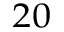
_ { 2 0 }